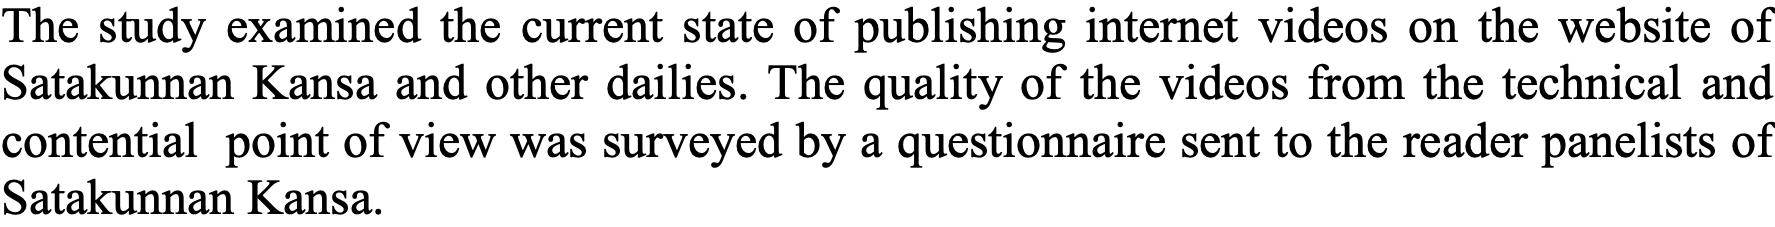
The study examined the current state of publishing internet videos on the website of Satakunnan Kansa and other dailies. The quality of the videos from the technical and contential point of view was surveyed by a questionnaire sent to the reader panelists of Satakunnan Kansa.